Leaving Certificate Examination, 1911
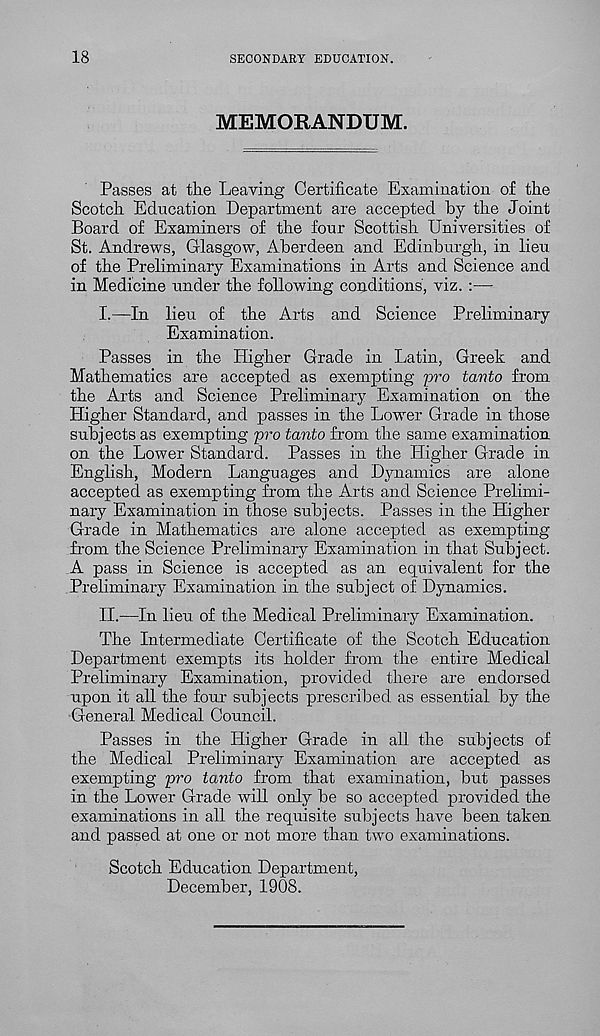
18
SECONDARY EDUCATION.
MEMORANDUM.
Passes at the Leaving Certificate Examination of the
Scotch Education Department are accepted by the Joint
Board of Examiners of the four Scottish Universities of
St. Andrews, Glasgow, Aberdeen and Edinburgh, in lieu
of the Preliminary Examinations in Arts and Science and
in Medicine under the following conditions, viz. :—
I.
—In lieu of the Arts and S
Examination.
Passes in the Higher Grade in Latin, Greek and
Mathematics are accepted as exempting pro tanto from
the Arts and Science Preliminary Examination on the
Higher Standard, and passes in the Lower Grade in those
subjects as exempting pro tanto from the same examination
on the Lower Standard. Passes in the Higher Grade in
English, Modern Languages and Dynamics are alone
accepted as exempting from the Arts and Science Prelimi-
nary Examination in those subjects. Passes in the Higher
Grade in Mathematics are alone accepted as exempting
from the Science Preliminary Examination in that Subject.
A pass in Science is accepted as an equivalent for the
Preliminary Examination in the subject of Dynamics.
II.
—In lieu of the Medical Prelim
The Intermediate Certificate of the Scotch Education
Department exempts its holder from the entire Medical
Preliminary Examination, provided there are endorsed
upon it all the four subjects prescribed as essential by the
General Medical Council.
Passes in the Higher Grade in all the subjects of
the Medical Preliminary Examination are accepted as
exempting pro tanto from that examination, but passes
in the Lower Grade will only be so accepted provided the
examinations in all the requisite subjects have been taken
and passed at one or not more than two examinations.
Scotch Education Department,
December, 1908.